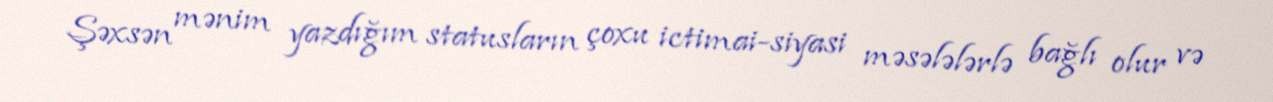
Şəxsən mənim yazdığım statusların çoxu ictimai-siyasi məsələlərlə bağlı olur və